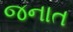
જનાત